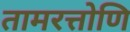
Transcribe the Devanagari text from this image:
तामरत्तोणि